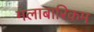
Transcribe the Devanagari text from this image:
मलाबारिकम